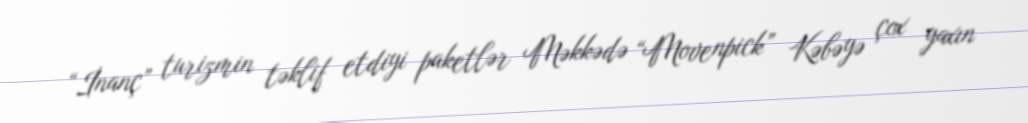
“İnanç” turizmin təklif etdiyi paketlər Məkkədə “Movenpick” Kəbəyə çox yaxın